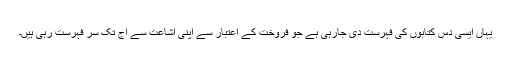
یہاں ایسی دس کتابوں کی فہرست دی جارہی ہے جو فروخت کے اعتبار سے اپنی اشاعت سے آج تک سر فہرست رہی ہیں۔